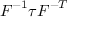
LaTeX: { \boldsymbol { F } } ^ { - 1 } { \boldsymbol { \tau } } { \boldsymbol { F } } ^ { - T }